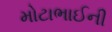
મોટાભાઈની